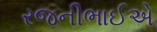
રજનીભાઈએ